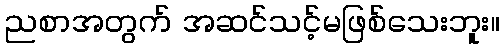
ညစာအတွက် အဆင်သင့်မဖြစ်သေးဘူး။